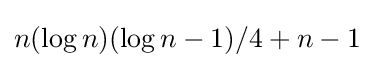
n(\log n)(\log n-1)/4+n-1